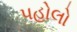
પહોલો